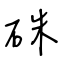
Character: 硃